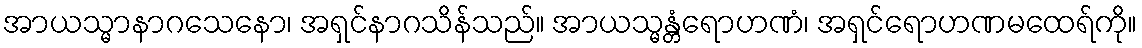
အာယသ္မာနာဂသေနော၊ အရှင်နာဂသိန်သည်။ အာယသ္မန္တံရောဟဏံ၊ အရှင်ရောဟဏမထေရ်ကို။